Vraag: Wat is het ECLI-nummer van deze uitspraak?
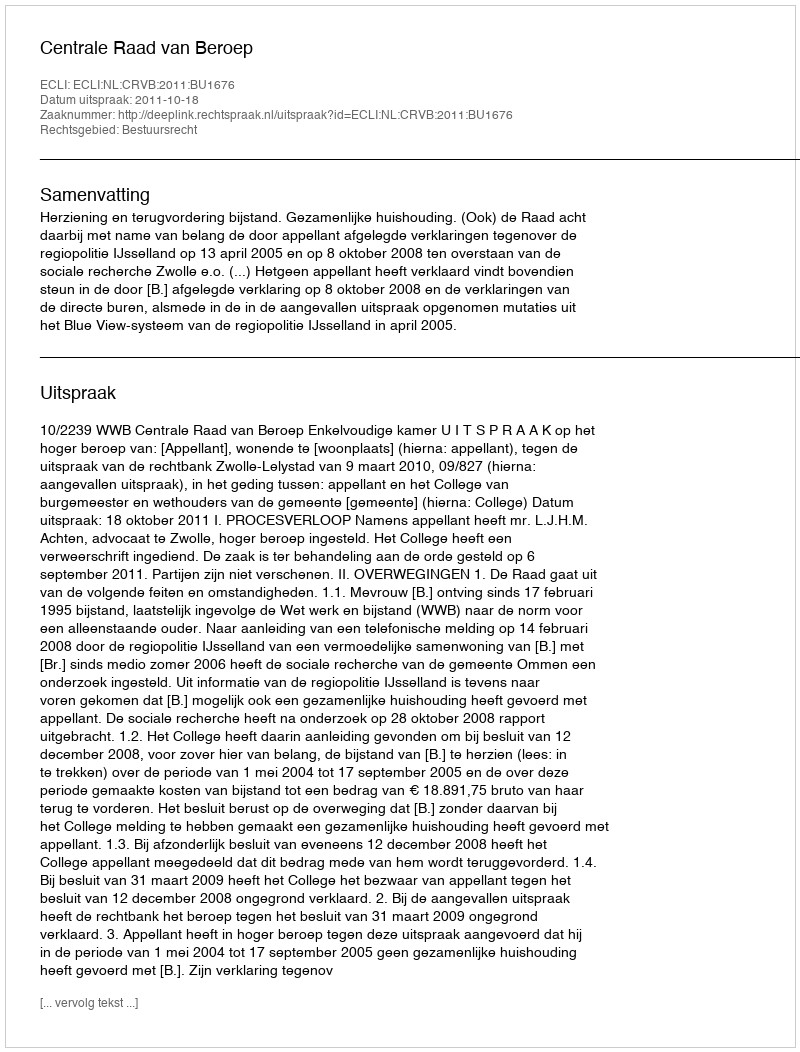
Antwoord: ECLI:NL:CRVB:2011:BU1676